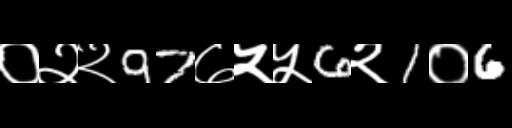
Text: ०२२97७५५6२1०6